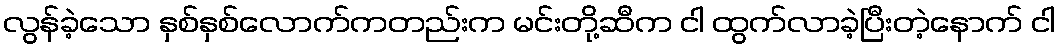
လွန်ခဲ့သော နှစ်နှစ်လောက်ကတည်းက မင်းတို့ဆီက ငါ ထွက်လာခဲ့ပြီးတဲ့နောက် ငါ